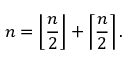
n = \left\lfloor { \frac { n } { 2 } } \right\rfloor + \left\lceil { \frac { n } { 2 } } \right\rceil .